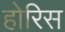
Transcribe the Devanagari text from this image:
होरिस